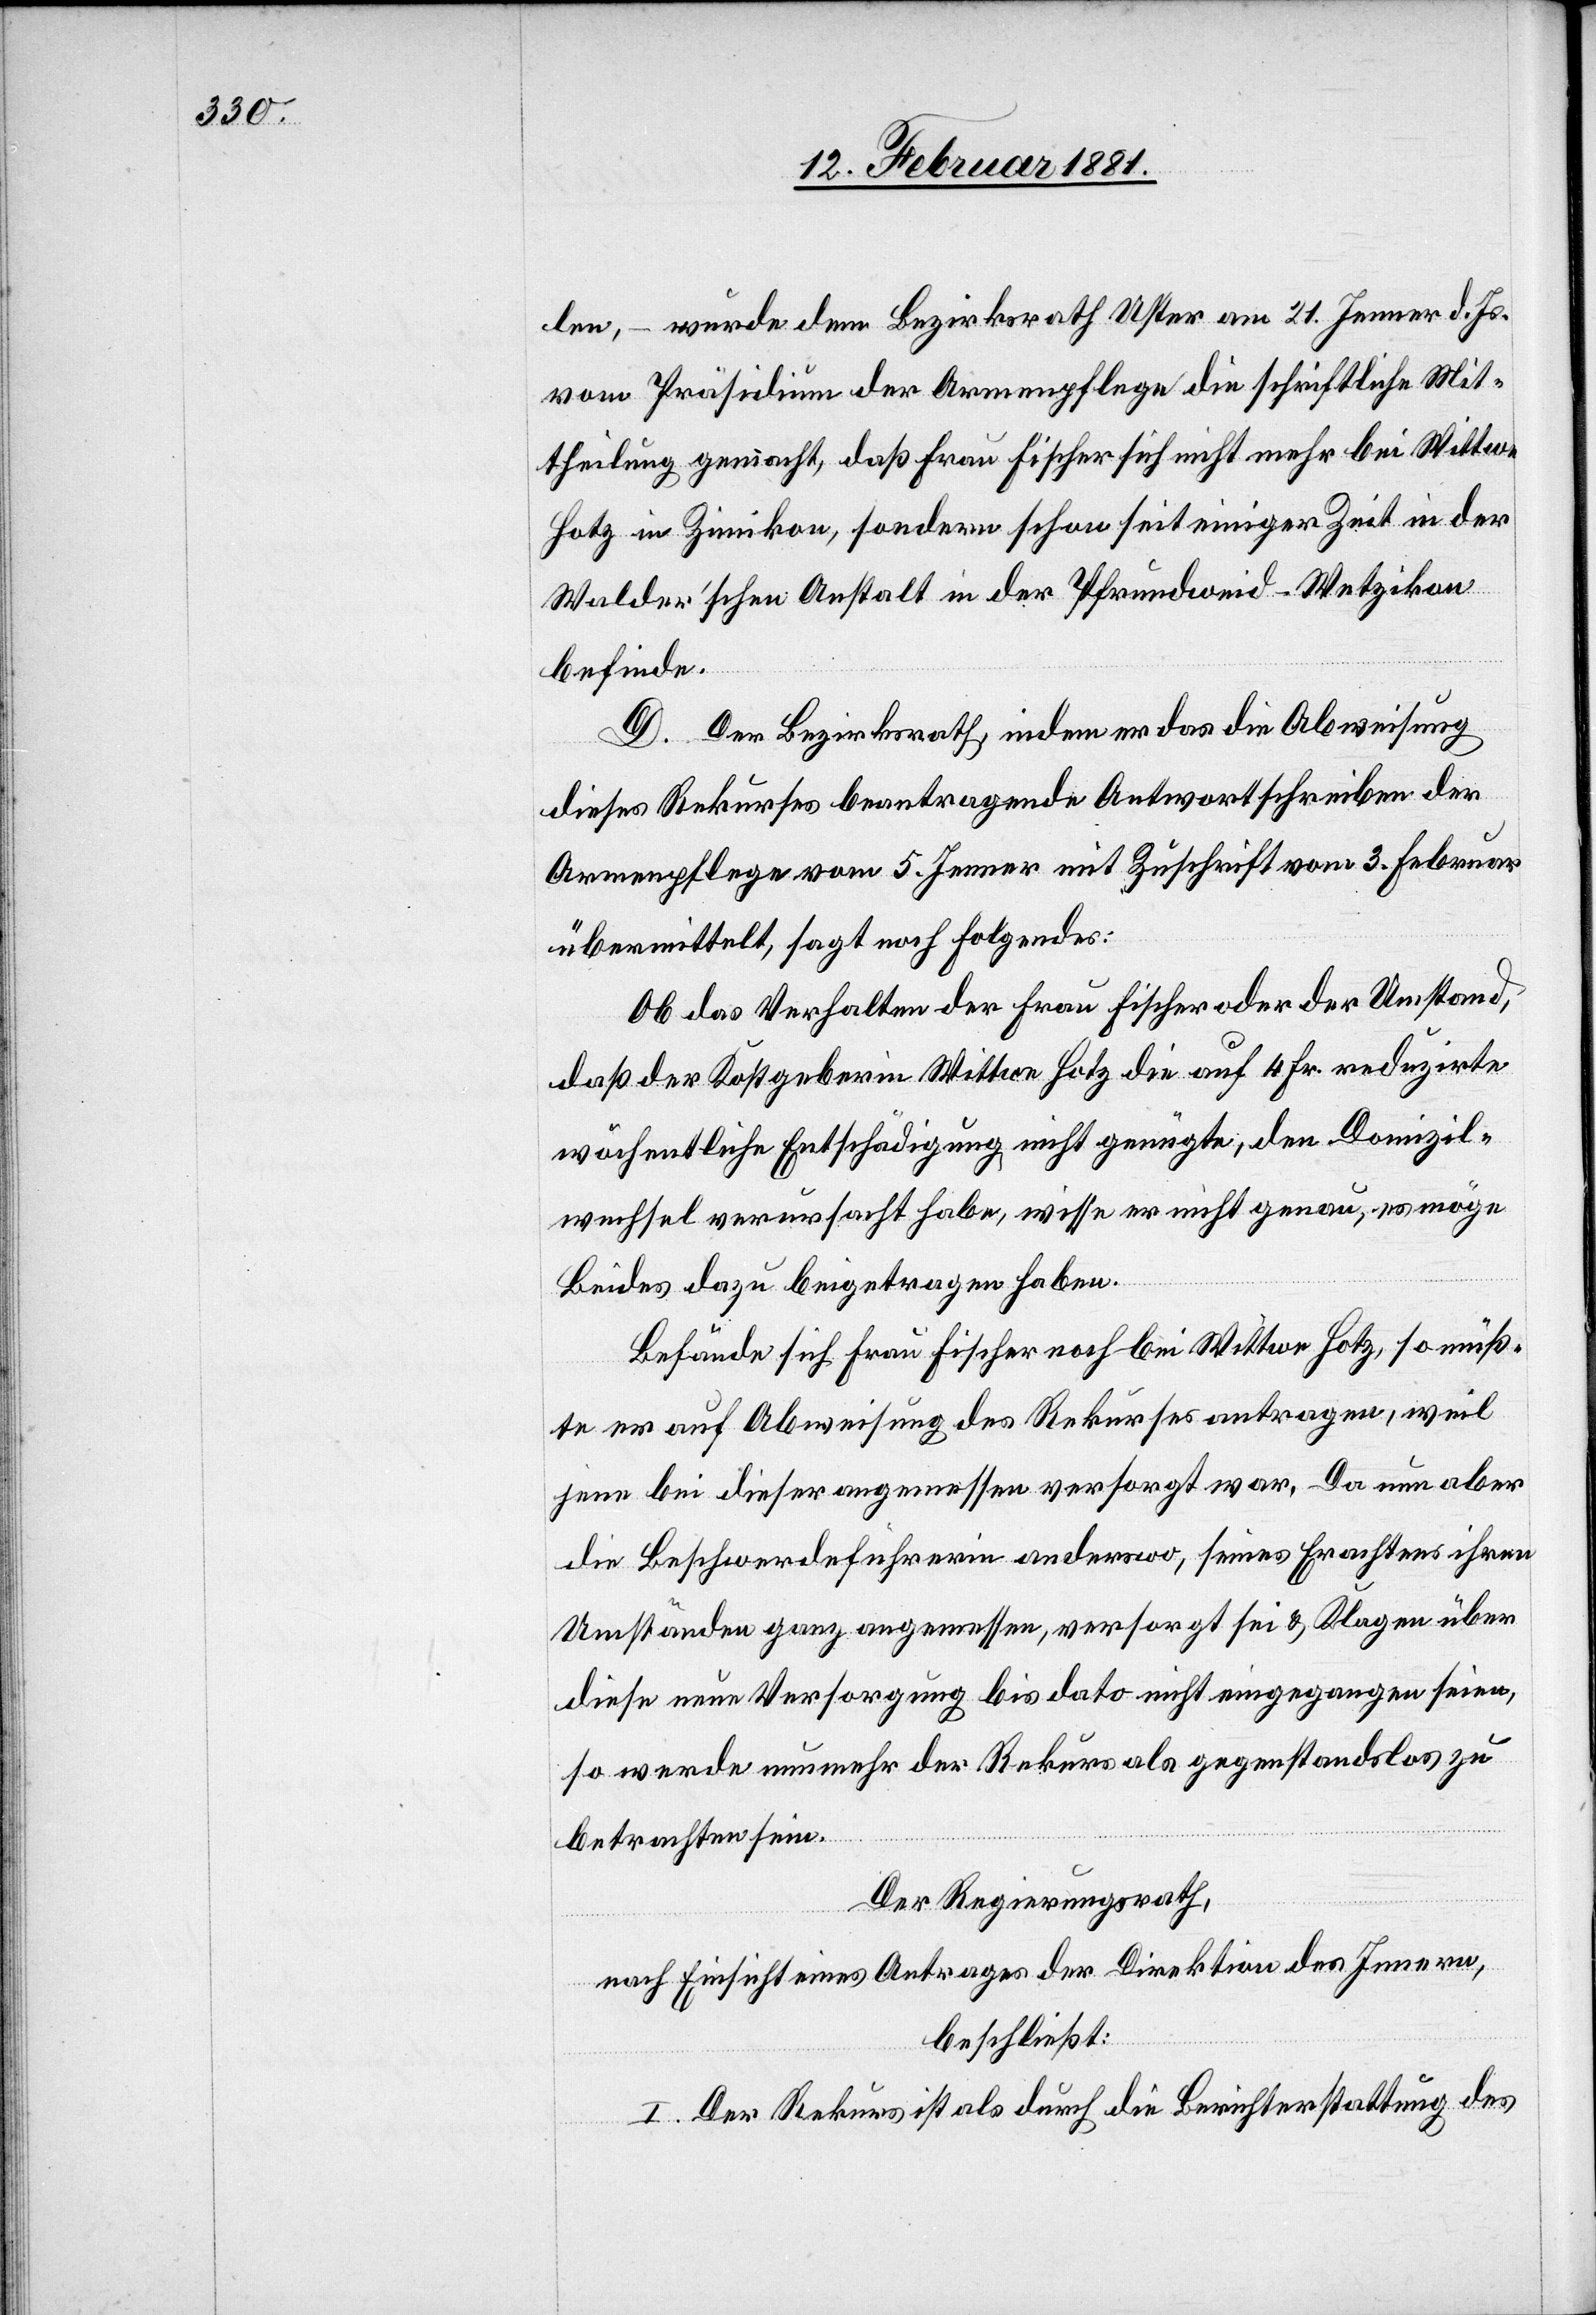
len, – wurde dem Bezirksrath Uster am 21. Jenner d. Js.
vom Präsidium der Armenpflege die schriftliche Mit¬
theilung gemacht, daß Frau Fischer sich nicht mehr bei Wittwe
Hotz in Zimikon, sondern schon seit einiger Zeit in der
Walder’schen Anstalt in der Pfrundweid - Wetzikon
befinde.
D. Der Bezirksrath, indem er das die Abweisung
dieses Rekurses beantragende Antwortschreiben der
Armenpflege vom 5. Jenner mit Zuschrift vom 3. Februar
übermittelt, sagt noch folgendes:
Ob das Verhalten der Frau Fischer oder der Umstand
daß der Kostgeberin Wittwe Hotz die auf 4 Fr. reduzirte
wöchentliche Entschädigung, nicht genügte, den Domizil¬
wechsel verursacht habe, wisse er nicht genau, es möge
Beides dazu beigetragen haben.
Befände sich Frau Fischer noch bei Wittwe Hotz, so müß¬
te er auf Abweisung des Rekurses antragen, weil
jene bei dieser angemessen versorgt war. Da nun aber
die Beschwerdeführer anderswo, seines Erachtens ihren
Umständen ganz angemessen, versorgt sei & Klagen über
diese neue Versorgung bis dato nicht eingegangen seien,
so werde nunmehr der Rekurs als gegenstandslos zu
betrachten sein.
Der Regierungsrath,
nach Einsicht eines Antrages der Direktion des Innern,
beschließt:
I. Der Rekurs ist als durch die Berichterstattung des